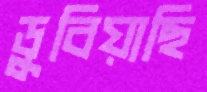
ডুবিয়াছি